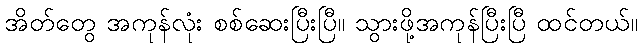
အိတ်တွေ အကုန်လုံး စစ်ဆေးပြီးပြီ။ သွားဖို့အကုန်ပြီးပြီ ထင်တယ်။